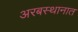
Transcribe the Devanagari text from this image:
अरबस्थानात